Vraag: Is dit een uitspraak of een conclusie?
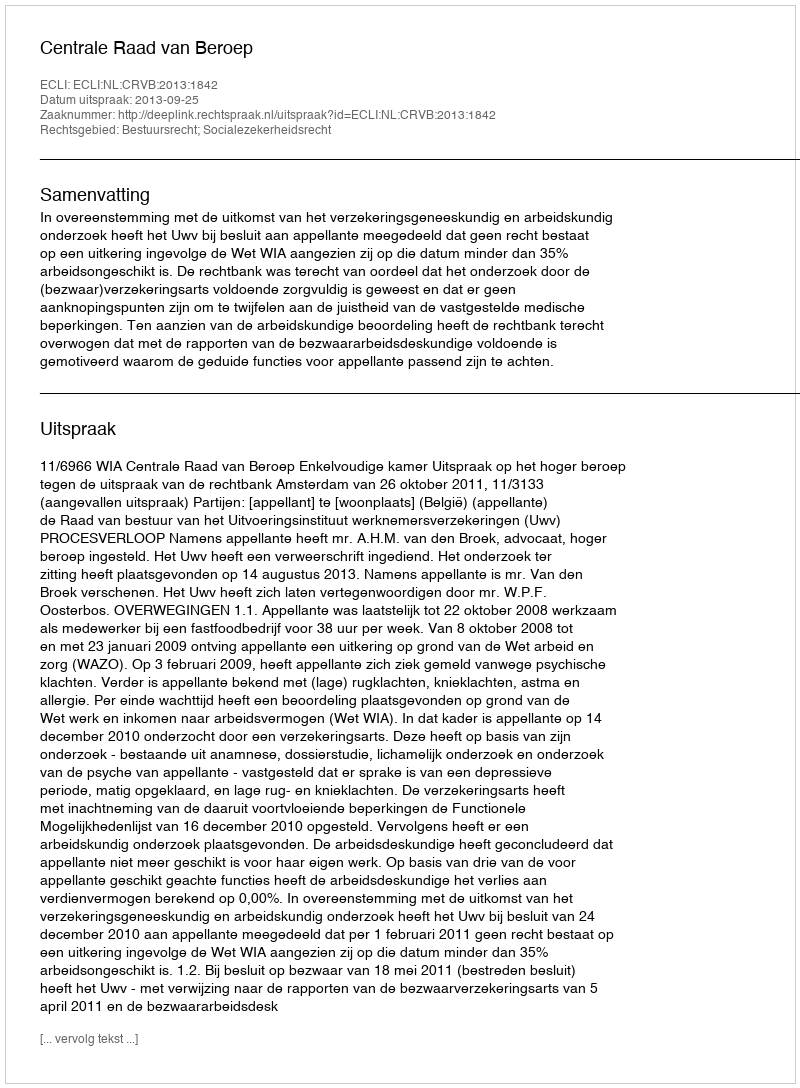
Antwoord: Uitspraak